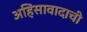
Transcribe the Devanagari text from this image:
अहिंसावादाची